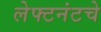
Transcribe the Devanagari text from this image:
लेफ्टनंटचे